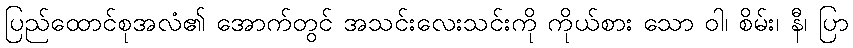
ပြည်ထောင်စုအလံ၏ အောက်တွင် အသင်းလေးသင်းကို ကိုယ်စား သော ဝါ၊ စိမ်း၊ နီ၊ ပြာ